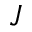
J